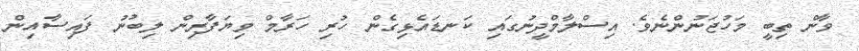
ވާން ތިބީ މަހުޖަނުންނެވެ. އިސްލާމްދީނުގައި ކަނޑައެޅިގެން ހުރި ހަރާމް ވިޔަފާރިން ލިބުނު ފައިސާއިން